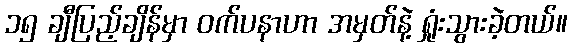
၁၅ ချီပြည့်ချိန်မှာ ဝက်ပနာဟာ အမှတ်နဲ့ ရှုံးသွားခဲ့တယ်။